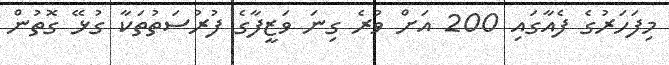
މިފަހަރުގެ ފެއާގައި 200 އަށް ވުރެ ގިނަ ވަޒީފާގެ ފުރުސަތުތަކާ ގުޅޭ ގޮތުން